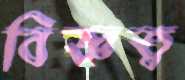
বিজ্ঞত্ব